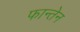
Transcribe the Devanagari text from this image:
फान्तेन